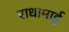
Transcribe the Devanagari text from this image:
राधामाई